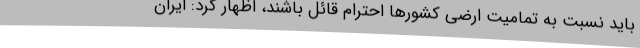
باید نسبت به تمامیت ارضی کشورها احترام قائل باشند، اظهار کرد: ایران